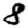
Digit: 8